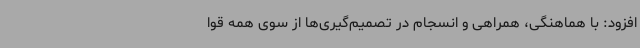
افزود: با هماهنگی، همراهی و انسجام در تصمیم‌گیری‌ها از سوی همه قوا